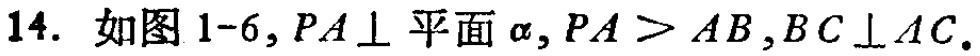
14. 如图1-6, \(PA\perp\)平面\(\alpha\), \(PA > AB\), \(BC\perp AC\).